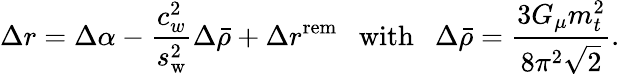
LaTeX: \Delta r=\Delta\alpha-\frac{c_{w}^{2}}{s_{\mathrm{w}}^{2}}\Delta\bar{\rho}+\Delta r^{\mathrm{rem}}~~~\mathrm{with}~~~\Delta\bar{\rho}=\frac{3G_{\mu}m_{t}^{2}}{8\pi^{2}\sqrt{2}}.